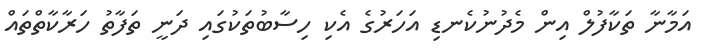
އަމާނާ ތަކާފުލް އިން މެދުނުކެނޑި އަހަރުގެ އެކި ހިސާބުތަކުގައި ދަނީ ތަފާތު ހަރާކާތްތައް